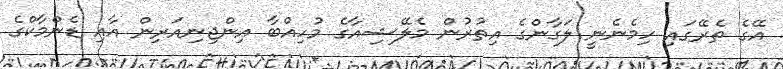
އޭގެ ތެރޭގައި ހިމެނެނީ ލަގާންގެ އިތުރުން މެލޭޝިއާގެ މުހިއްބާ އިންޖިނިއަރިން އާއި ޑެންމާކްގެ